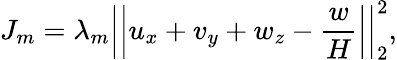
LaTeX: J_{m}=\lambda_{m}\left|\left|u_{x}+v_{y}+w_{z}-\frac{w}{H}\right|\right|_{2}^{2},